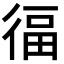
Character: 𭛷